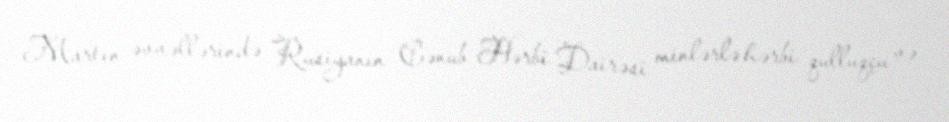
Martın əvvəllərində Rusiyanın Cənub Hərbi Dairəsi minlərlə hərbi qulluqçu və